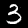
Label: 3